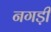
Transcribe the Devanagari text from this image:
नगड़ी